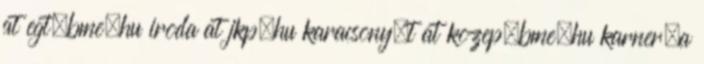
at egt.bme.hu iroda at jkp.hu karacsony.t at kozep.bme.hu karner.a